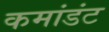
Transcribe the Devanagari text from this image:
कमांडंट